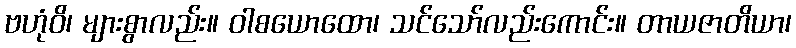
ဗဟုံဝိ၊ များစွာလည်း။ ဝါစယောထော၊ သင်သော်လည်းကောင်း။ တာယဇာတိယာ၊